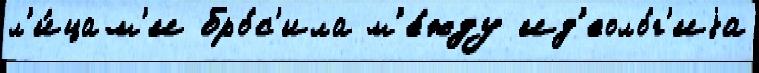
л'и́цам'и бро́с'ила м'е́жду ид'еоло́г'иjа